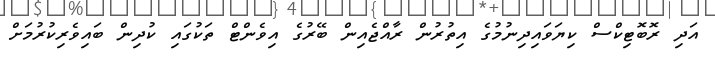
އަދި ރޮބޮޓިކްސް ކިޔަވައިދިނުމުގެ އިތުރުން ރާއްޖެއިން ބޭރުގެ އިވެންޓް ތަކުގައި ކުދިން ބައިވެރިކުރުމަށް